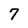
Character: 7